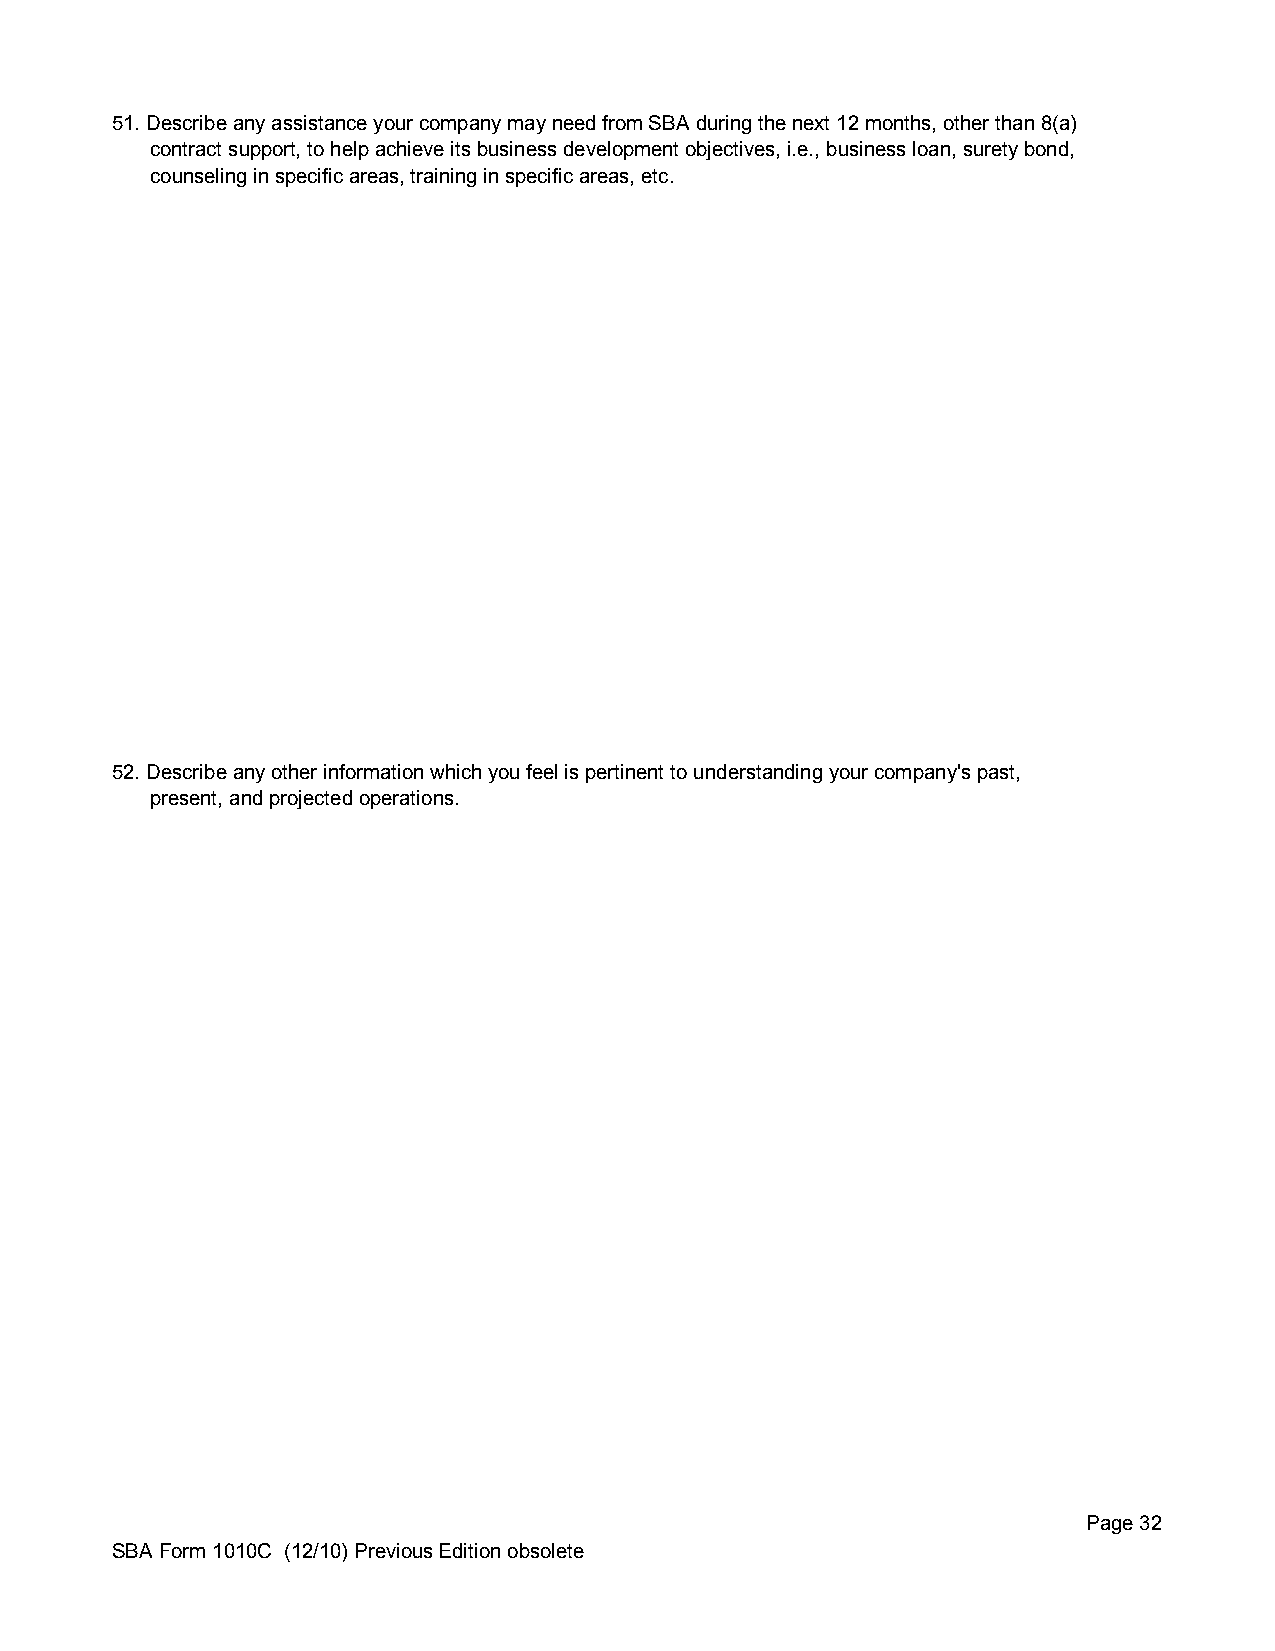
51. Describe any assistance your company may need from SBA during the next 12 months, other than 8(a)
 contract support, to help achieve its business development objectives, i.e., business loan, surety bond,
 counseling in specific areas, training in specific areas, etc.
 52. Describe any other information which you feel is pertinent to understanding your company's past,
 present, and projected operations.
 Page 32
 SBA Form 1010C (12/10) Previous Edition obsolete